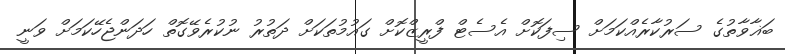
ބަޣާވާތުގެ ސަރުކާރެއްކަމަށް ސިފަކޮށް އެސެޓް ފްރީޒްކޮށް ގައުމުތަކަށް ދަތުރު ނުކުރެވޭގޮތް ހަދަންޖެހޭކަމަށް ވަނީ